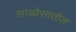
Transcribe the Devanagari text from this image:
लाओसातील